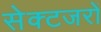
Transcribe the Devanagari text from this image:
सेक्टजरों